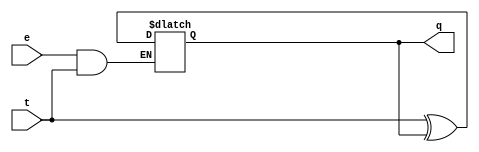
module trytff(t,e,q);
  input t,e;
  output q;
  reg q;
  
  initial q=0;

  always@(t or e)
    begin 
     if(e & t)
       begin 
         q <= t^q;
       end
     else
       q <= q;
    end
endmodule